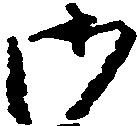
御